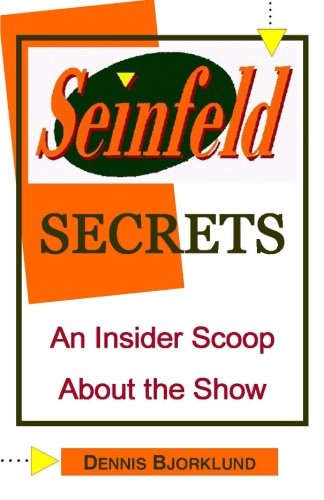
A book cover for Seinfeld Secrets: An Insider Scoop About the Show; Dennis Bjorklund; Humor & Entertainment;